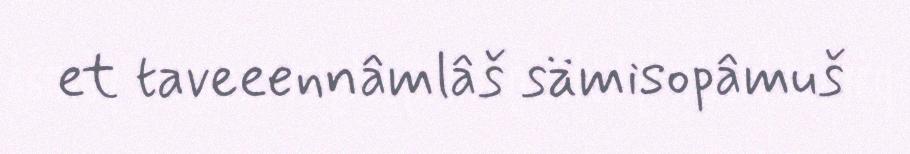
et taveeennâmlâš sämisopâmuš